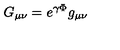
G _ { \mu \nu } = e ^ { \gamma \Phi } g _ { \mu \nu }